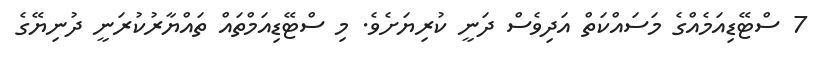
7 ސްޓޭޑިއަމެއްގެ މަސައްކަތް އަދިވެސް ދަނީ ކުރިޔަށެވެ. މި ސްޓޭޑިއަމްތައް ތައްޔާރުކުރަނީ ދުނިޔޭގެ